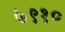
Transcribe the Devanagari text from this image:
७९१०